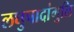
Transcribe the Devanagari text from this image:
लघुपादांगुलि